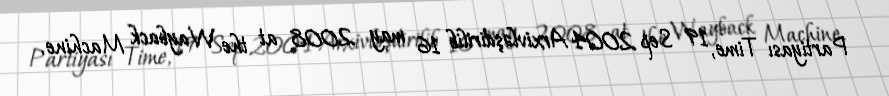
Partiyası Time, 19 Sep 2004 Arxivləşdirilib 16 may 2008 at the Wayback Machine.